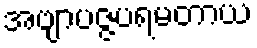
အဗျာပဇ္ဇပရမတာယ